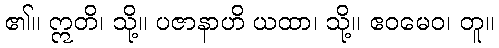
၏။ ဣတိ၊ သို့။ ပဇာနာဟိ ယထာ၊ သို့။ ဧဝမေဝ၊ တူ။